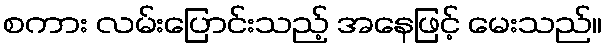
စကား လမ်းပြောင်းသည့် အနေဖြင့် မေးသည်။